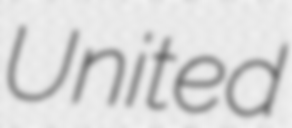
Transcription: United